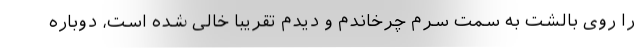
را روی بالشت به سمت سِرُم چرخاندم و دیدم تقریباً خالی شده است، دوباره